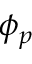
\phi _ { p }